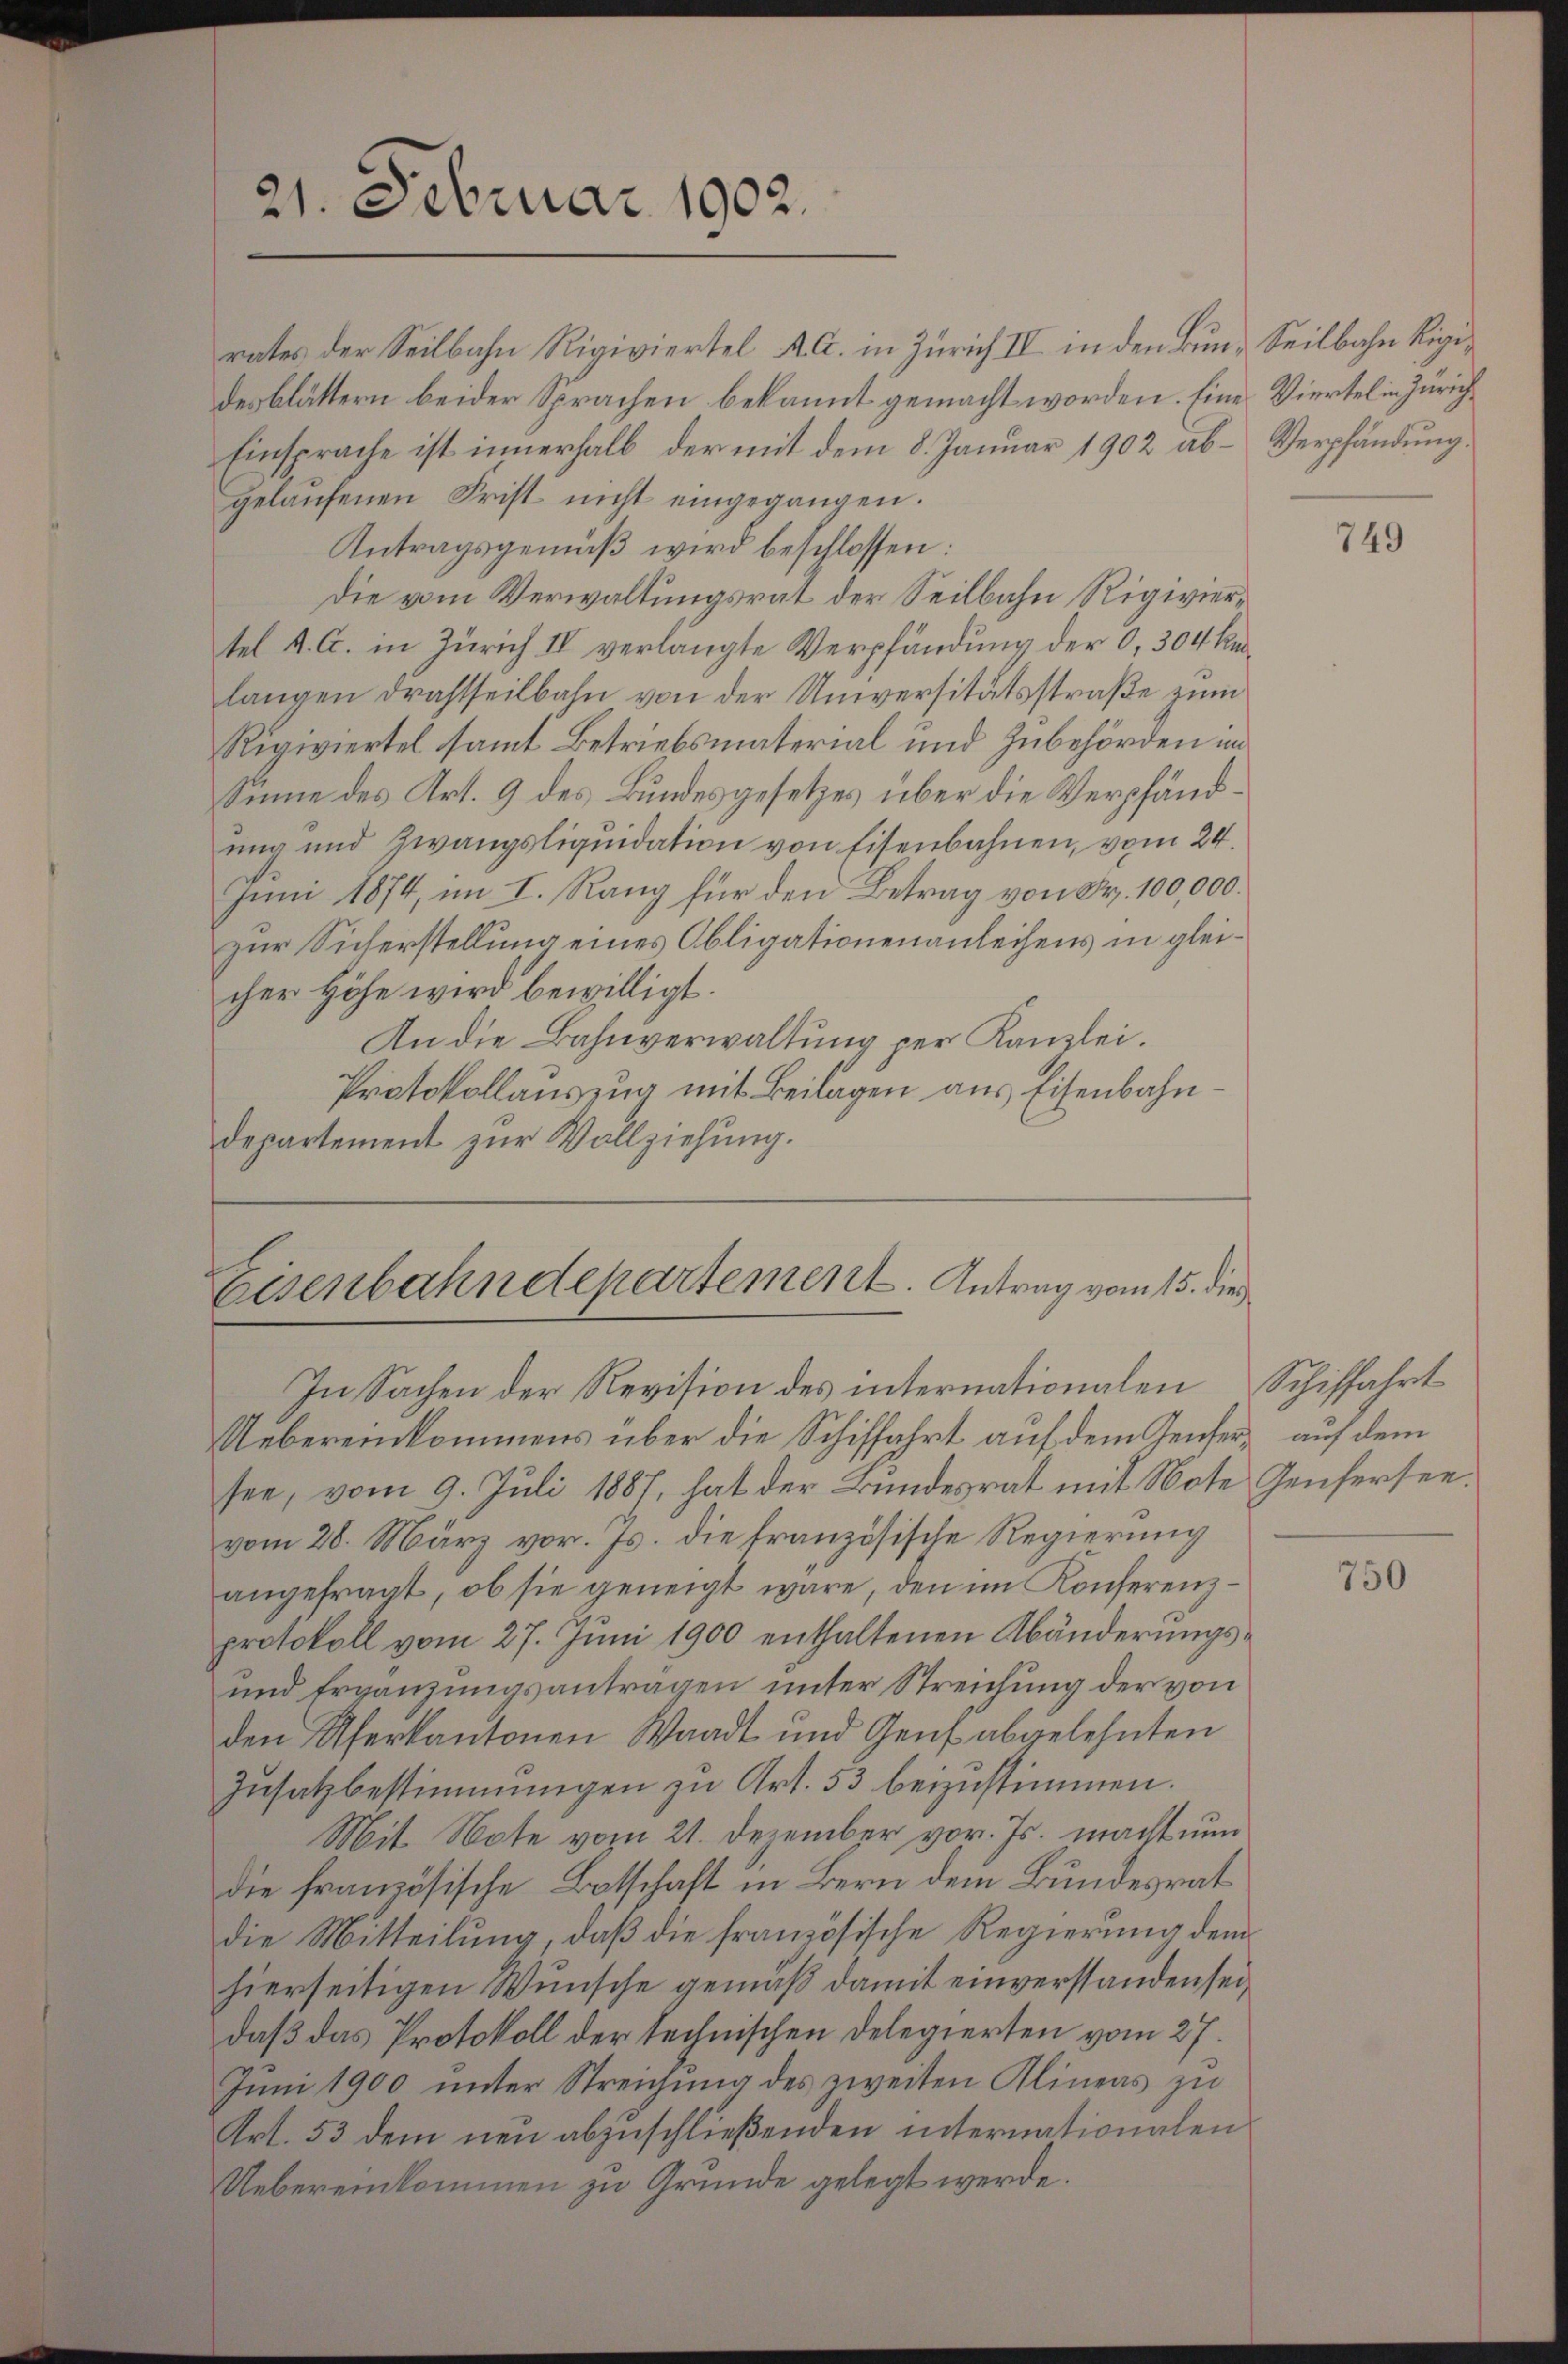
21. Februar 1902.

Eisenbahndehartement. Antrag vom 15. die
In Sachen der Revision des internationalen

rates der Seilbahn Rigiviertel A. G. in Zürich IV in den Bun- Seilbahn Rigidesblättern beider Sprachen bekannt gemacht worden. Eine Viertel in Zürich¬
Einsprache ist innerhalb der mit dem 8. Januar 1902 ab- Verpfändung
gelaŭfenen Frist nicht eingegangen.
Antragsgemäß wird beschlossen:
Die vom Verwaltungsrat der Seilbahn Rigiviertel A. G. in Zürich IV verlangte Verpfändung der O, 304 kalangen drahtteilbahn von der Universitätsstraße zum
Rigiviertel samt Betriebsmaterial und Zubehörden im
Sinne des Art. 9 des Bundesgesetzes über die Verphändung und Zwangsliquidation von Eisenbahnen, vom 24.
Juni 1874, im I. Rang für den Betrag von Fr. 100,000.
zur Sicherstellung eines Obligationenanleihens in gleicher Höhe wird bewilligt.
An die Bahnverwaltung per Kanzlei.
Protokollauszug mit Beilagen aus Eisenbahndepartement zur Vollziehung.

Uebereinkommens über die Schiffahrt auf dem Jenser auf dem
see, vom 9. Juli 1887, hat der Bundesrat mit Note Genfersee.
vom 28. März vor. Js. die französische Regierung
angefragt, ob sie geneigt wäre, den im Konferenzprotokoll vom 27. Juni 1900 enthaltenen Abänderungs¬
und Ergänzungsantragen unter Streichung der von
den Uferkantonen Waadt und Genf abgelehnten
Zusatz bestimmungen zu Art. 53 beizustimmen.
Mit Note vom 21. Dezember vor. Js. macht nun
die französische Botschaft in Bern dem Bundesrat
die Mitteilung, daß die französische Regierung dem
hierseitigen Wunsche gemäß damit einverstanden sei,
daß das Protokoll der technischen Delegierten vom 27.
Juni 1900 unter Streichung des zweiten Alineas zu
Art. 53 dem neu abzuschließenden internationalen
Uebereinkommen zu Gründe gelegt werde.

749

Schiffahrt

750